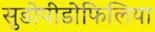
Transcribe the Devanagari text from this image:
सुडोपीडोफिलिया